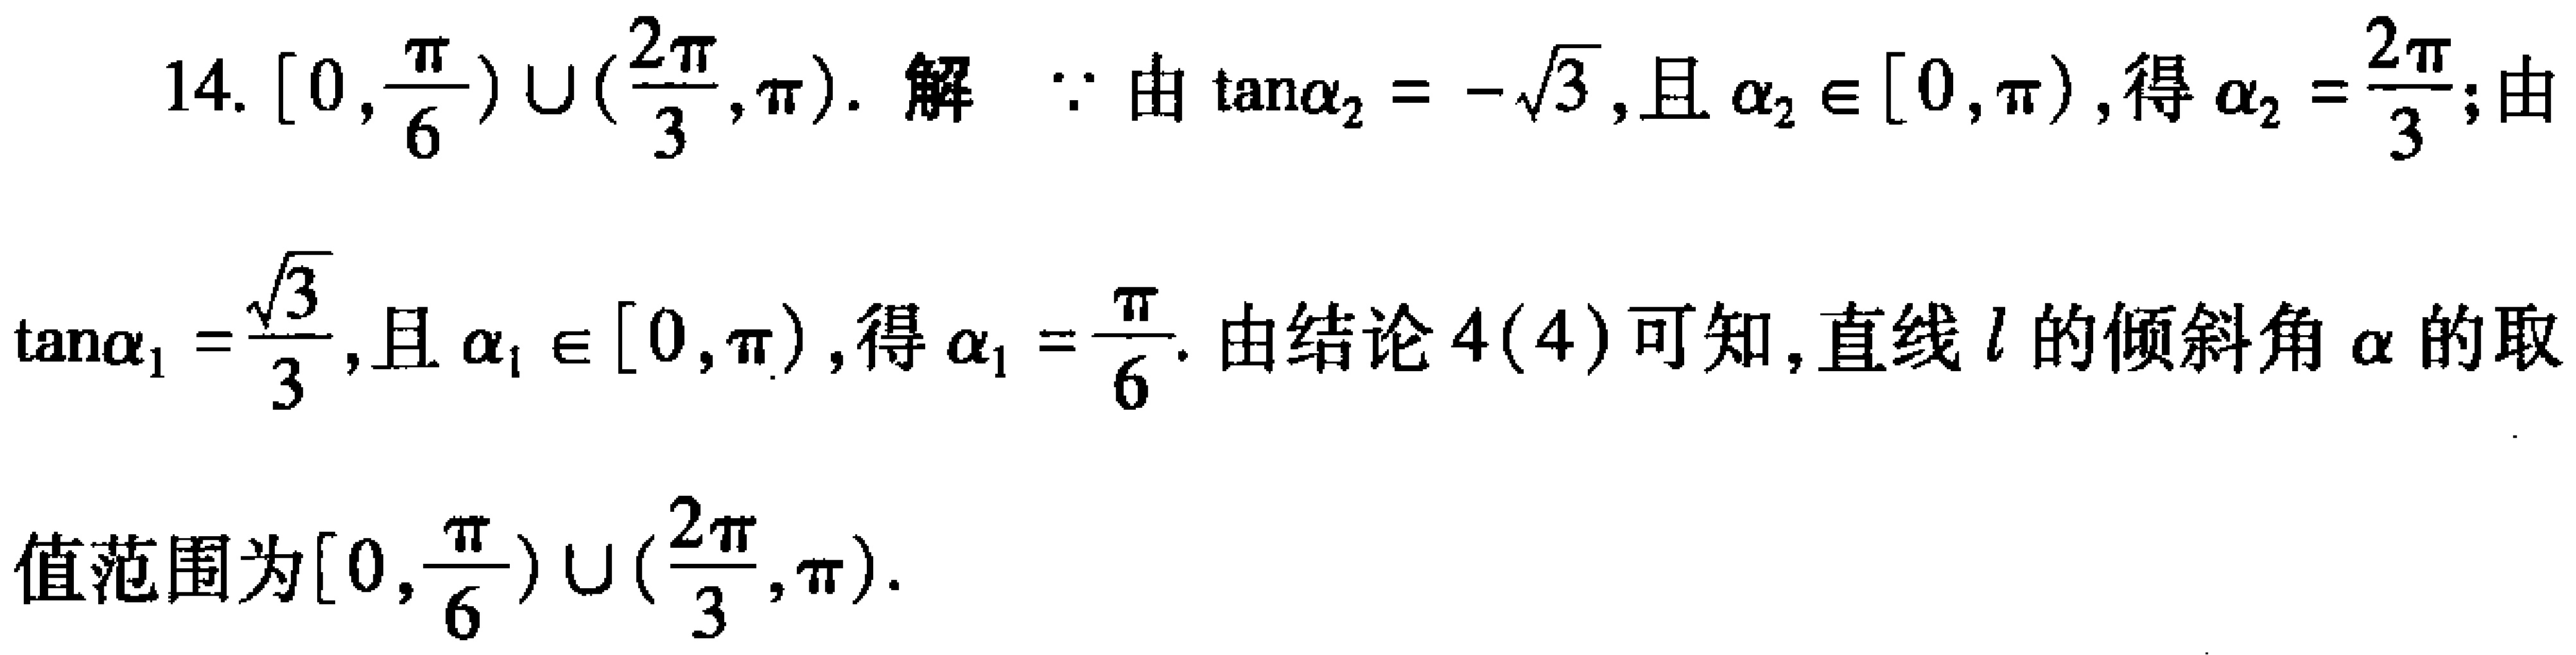
14. \([0,\frac{\pi}{6})\cup(\frac{2\pi}{3},\pi)\). 解 \(\because\) 由 \(\tan\alpha_{2}=-\sqrt{3}\), 且 \(\alpha_{2}\in[0,\pi)\), 得 \(\alpha_{2}=\frac{2\pi}{3}\); 由 \(\tan\alpha_{1}=\frac{\sqrt{3}}{3}\), 且 \(\alpha_{1}\in[0,\pi)\), 得 \(\alpha_{1}=\frac{\pi}{6}\). 由结论 \(4(4)\) 可知, 直线 \(l\) 的倾斜角 \(\alpha\) 的取值范围为 \([0,\frac{\pi}{6})\cup(\frac{2\pi}{3},\pi)\).